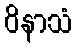
ဝိနာသံ